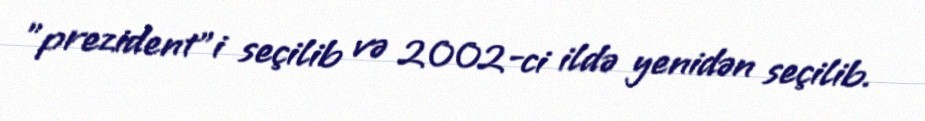
"prezident"i seçilib və 2002-ci ildə yenidən seçilib.